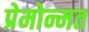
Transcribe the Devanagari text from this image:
प्रेमोन्मत